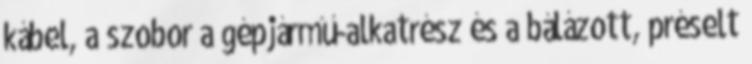
kábel, a szobor a gépjármű-alkatrész és a bálázott, préselt